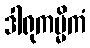
ဒါရုကမ္မိကံ